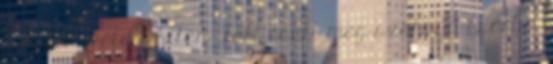
s belém vetett hitén Folt esett meg szörnyű csorba.